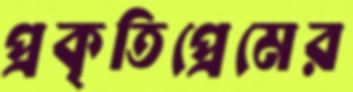
প্রকৃতিপ্রেমের